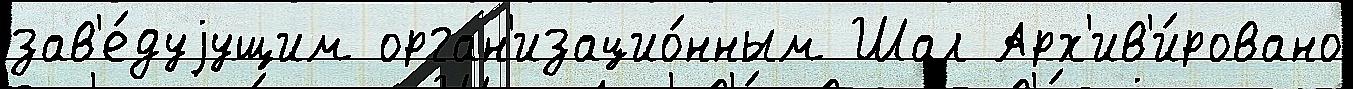
зав'е́дуjущим орган'изацио́нным Шал Арх'ив'и́ровано